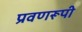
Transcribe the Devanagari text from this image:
प्रवणरूपी